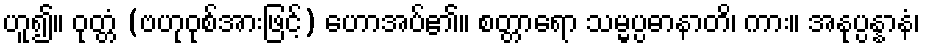
ဟူ၍။ ဝုတ္တံ (ဗဟုဝုစ်အားဖြင့်) ဟောအပ်၏။ စတ္တာရော သမ္မပ္ပဓာနာတိ၊ ကား။ အနုပ္ပန္နာနံ၊